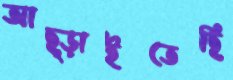
আছ্‌ড়াইতেছি